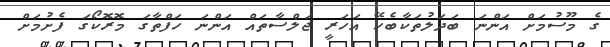
ގެ މޫސުމަށް އަންނަ ބަދަލުތަކާބެހޭ އަހަރީ ޖަލްސާތައް އަންނަ ހަފްތާގަ މޮރޮކޯގަ ފެށުމަށް